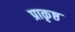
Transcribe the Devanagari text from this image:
प्राकृष्ठ